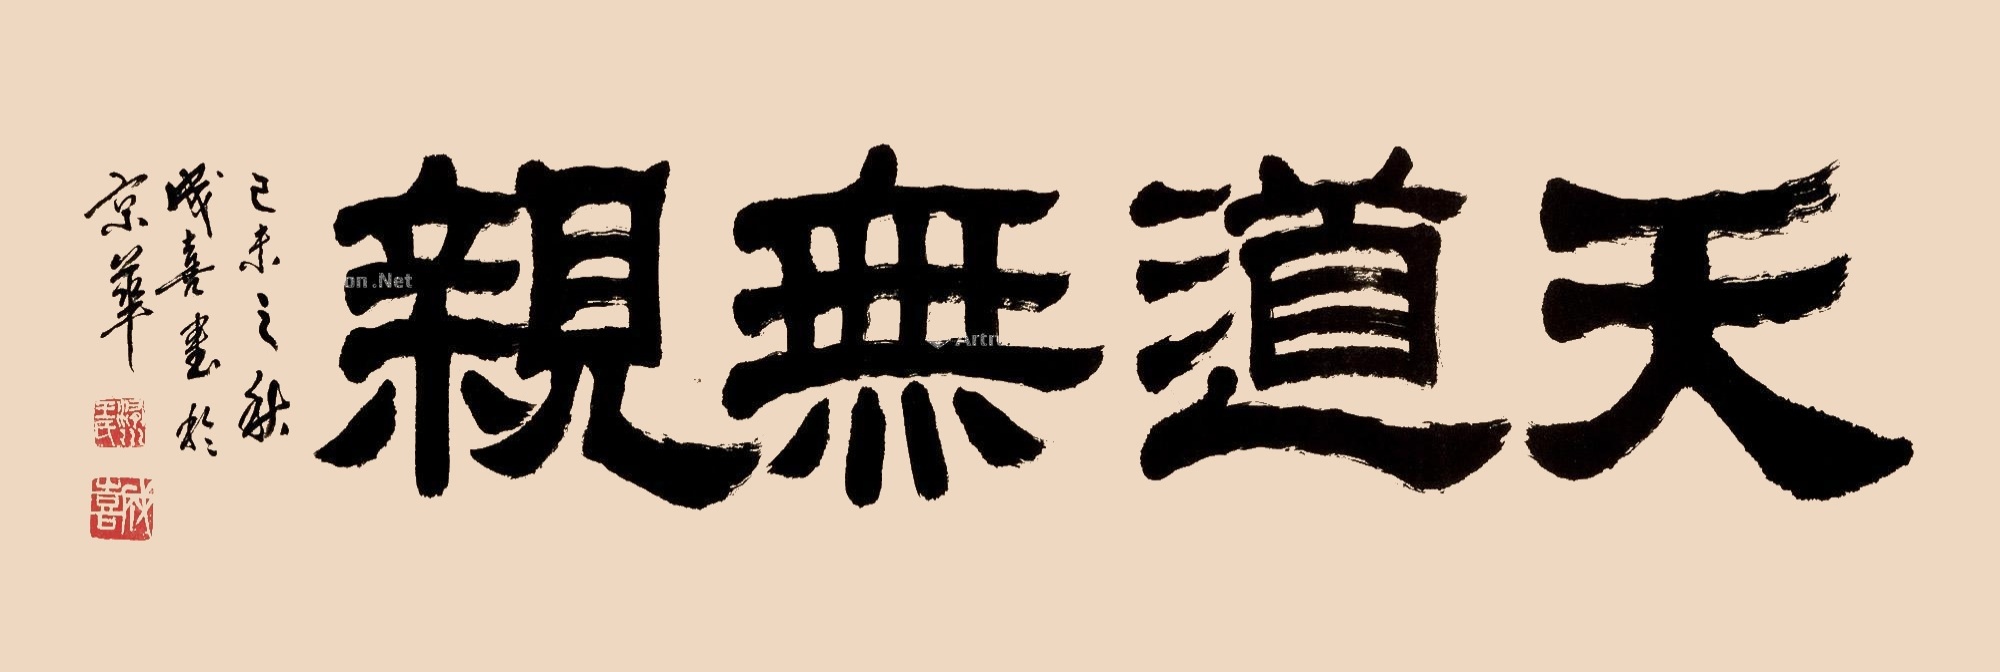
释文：天道无亲。己未（1979年）之秋，成喜书于京华。